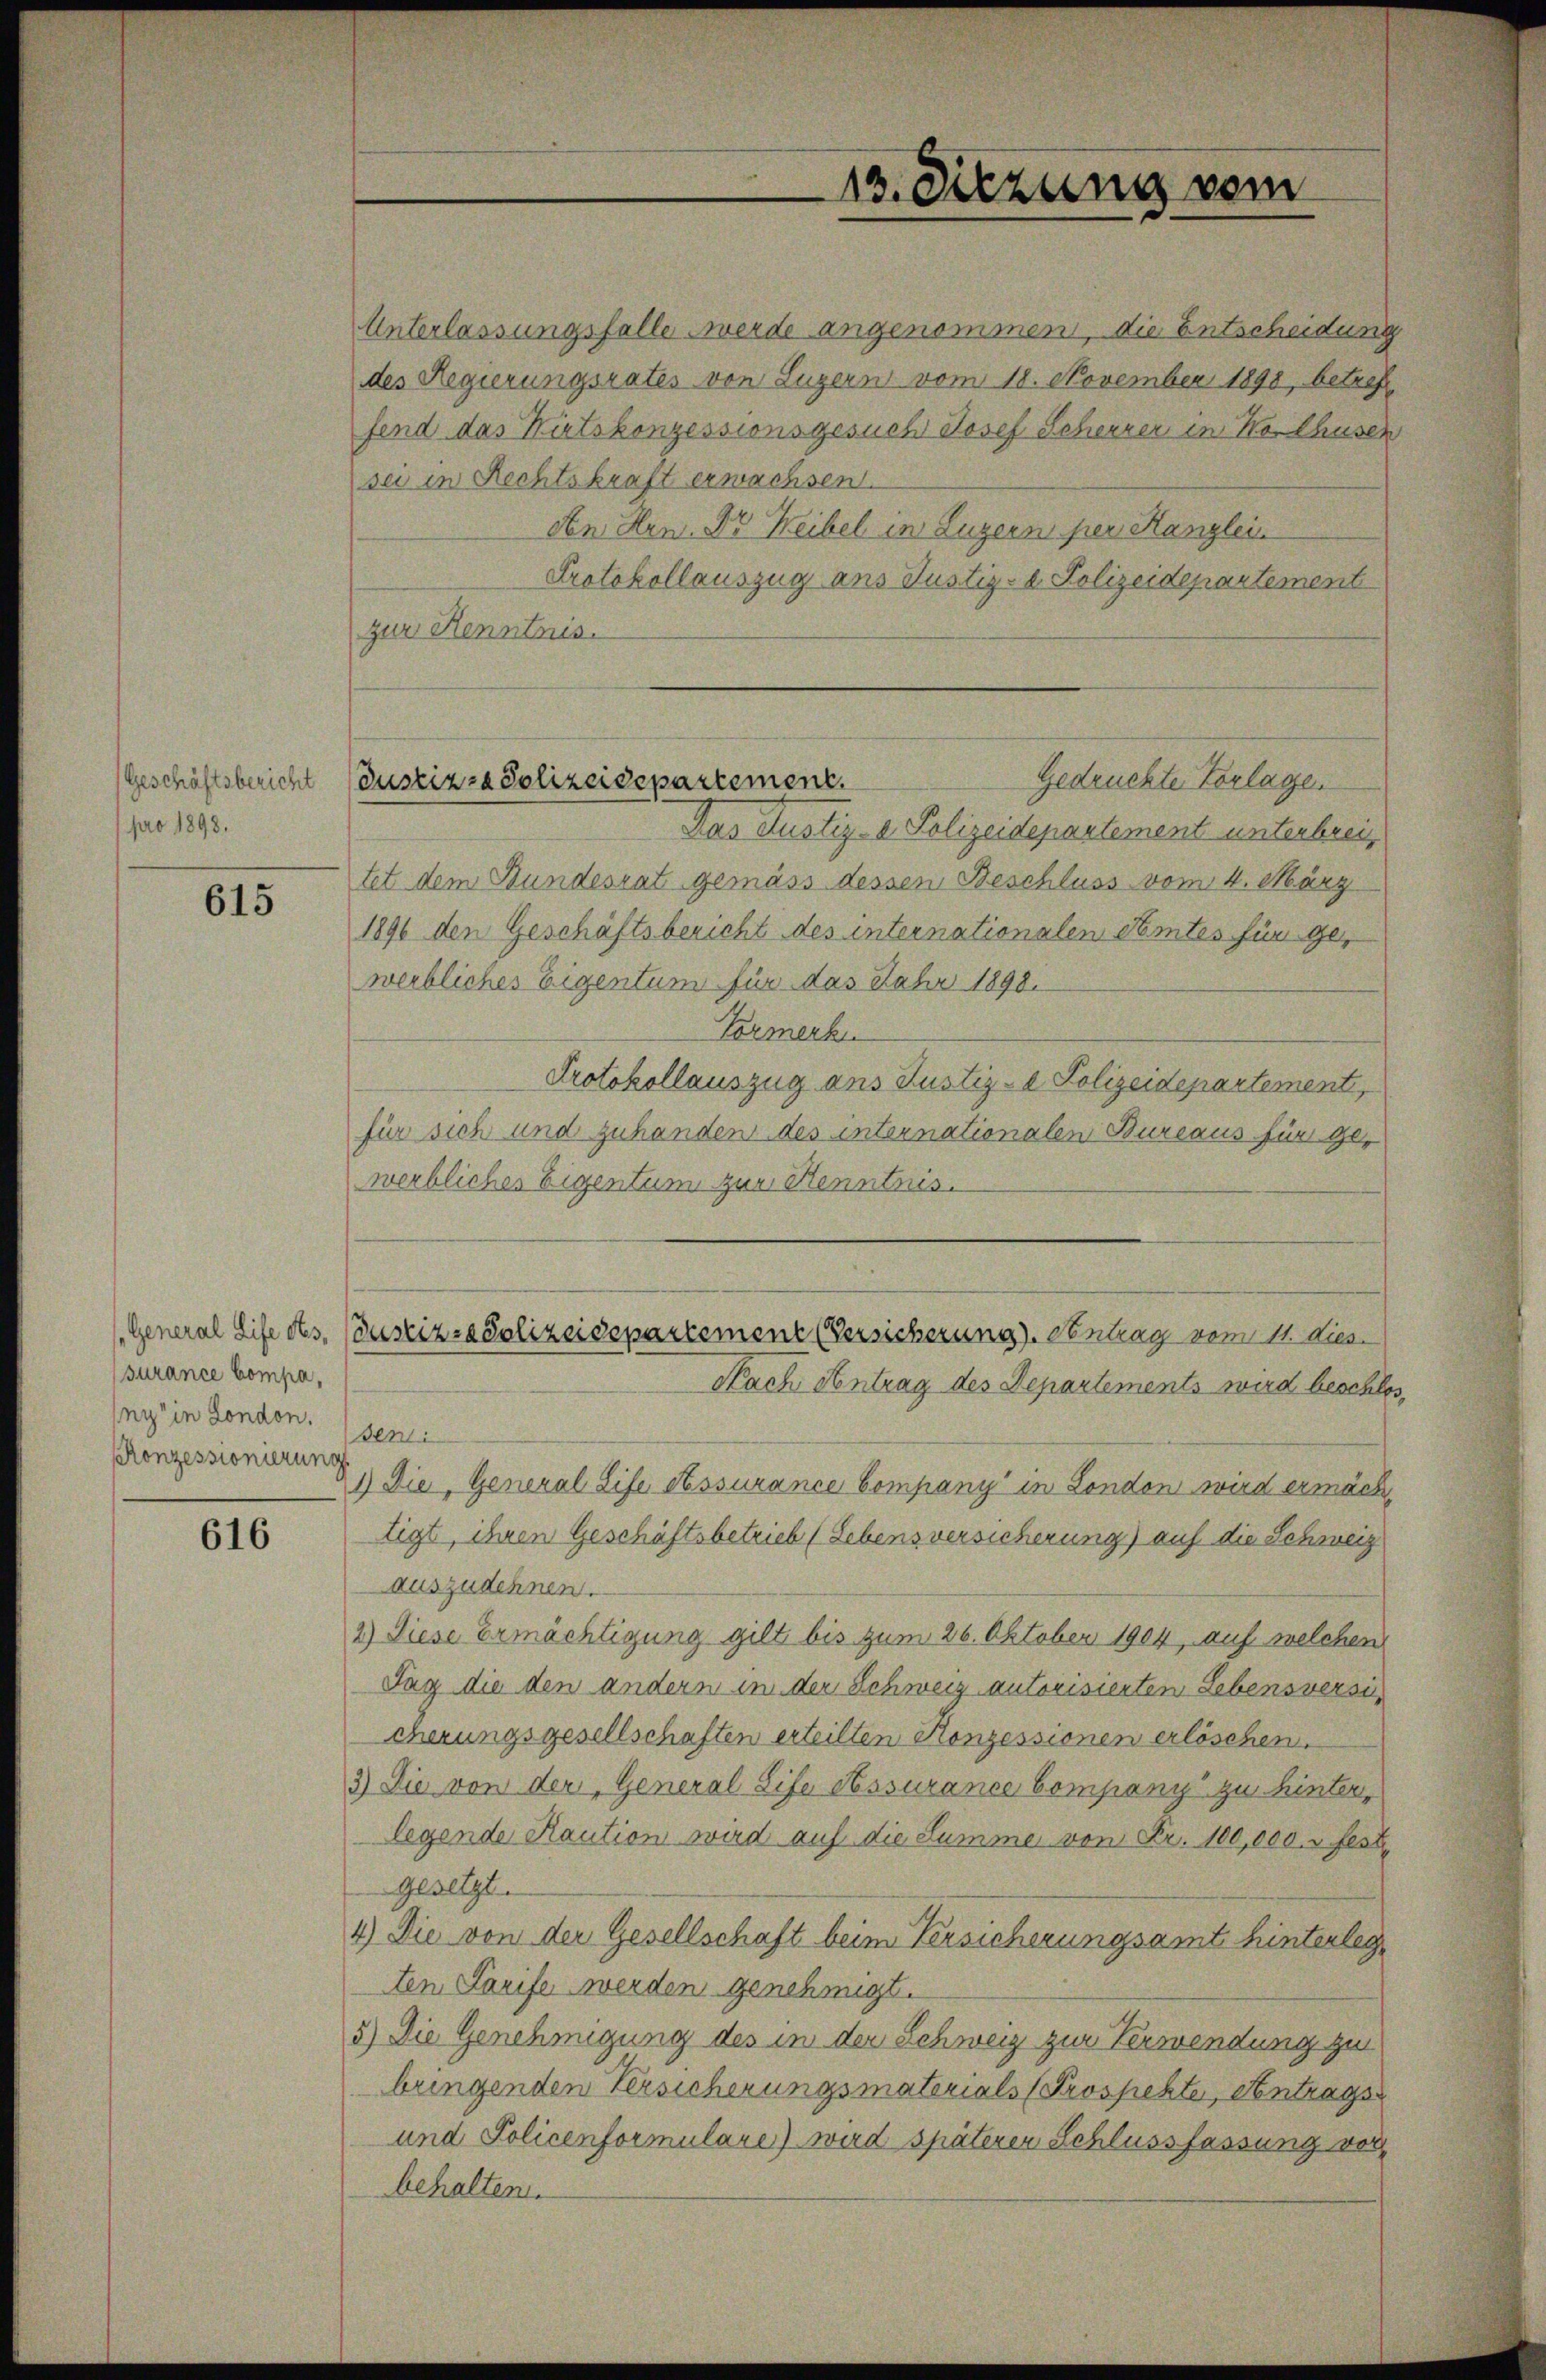
Geschäftsbericht
pro 1898.

615

surance Compa,
lny in London.
Konzessionierung

616

13. Sitzung vom

Unterlassungsfalle werde angenommen, die Entscheidung
des Regierungsrates von Luzern vom 18. November 1890, betreff
fend das Kirtskonzessionsgesuch Josef Scheerer in Wosthusen
sei in Rechtskraft erwachsen.
An Hrn. Dr Weibel in Luzern per Kanzlei
Protokollauszug aus Justiz- & Polizeidepartement
zur Kenntnis.
Das Justiz- & Polizeidepartement unterbreitet dem Bundesrat gemäss dessen Beschluss vom 4. März
1896 den Geschäftsbericht des internationalen Somtes für geweibliches Eigentum für das Jahr 1898.
Formerk
Protokollauszug aus Justiz- & Polizeidepartement,
für sich und zuhanden des internationalen Bureaus für gewerbliches Eigentum zur Henntnis.
(General Life des (Justiz-Polizeidepartement (Versicherung). Antrag vom 11. dies
Nach Antrag des Departements wird beschlos
sen:
1) Die General Life Assurance Company in London wird ermächtigt, ihren Geschäftsbetrieb (Lebensversicherung) auf die Schweiz
auszudehnen.
2) Diese Ermächtigung gilt bis zum 26. Oktober 1904, auf welchen
Tag die den andern in der Schweiz autorisierten Lebensversi
cherungsgesellschaften erteilten Konzessionen erlöschen.
3) Die von der General Life Assurance Company zu hintere
legende Kaution wird auf die Summe von Fr. 100,000. fest¬
Gesetzt.
4) Die von der Gesellschaft beim Versicherungsamt hinterleg
ten Tarife werden genehmigt.
5) Die Genehmigung des in der Schweiz zur Verwendung zur
bringenden Versicherungsmaterials (Prospehte, Antrags
und Policenformulare) wird späterer Schlussfassung vor
behalten.

Gedruckte Vorlage
Justizza Polizeidepartement.